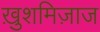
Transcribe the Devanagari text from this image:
ख़ुशमिज़ाज